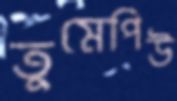
তুমেপিউ